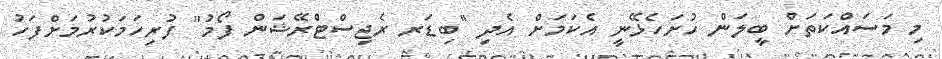
މި މަސައްކަތަށް ބީލަން ހުށަހެޅޭނީ އެކަމަށް އެދި "ބިޑަރ ރެޖިސްޓްރޭޝަން ފޯމު" ފުރިހަމަކުރުމަށްފަހު